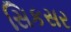
સિકસર